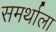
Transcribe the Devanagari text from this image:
समर्थाला